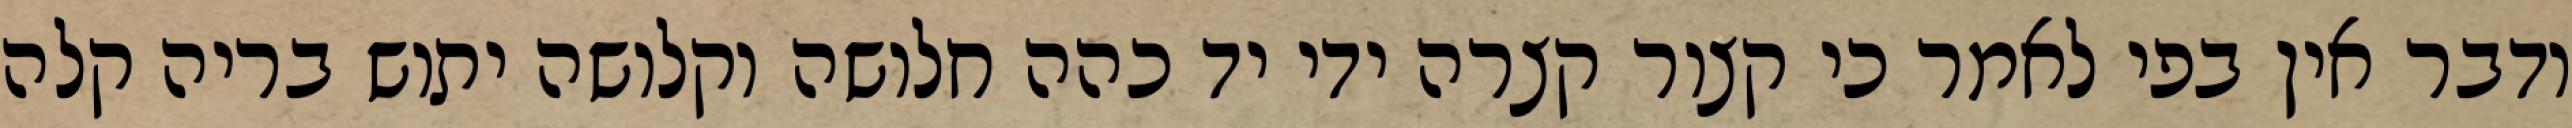
ודבר אין בפי לאמר כי קצור קצרה ידי יד כהה חלושה וקלושה יתוש בריה קלה